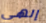
إلهي